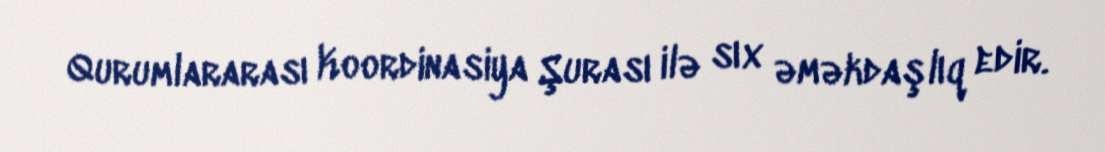
Qurumlararası Koordinasiya Şurası ilə sıx əməkdaşlıq edir.